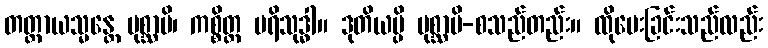
တတ္ထာယသ္မန္တေ ပုစ္ဆာမိ၊ ကစ္စိတ္ထ ပရိသုဒ္ဓါ။ ဒုတိယမ္ပိ ပုစ္ဆာမိ-စသည်တည်း။ ထိုမေးခြင်းသည်လည်း